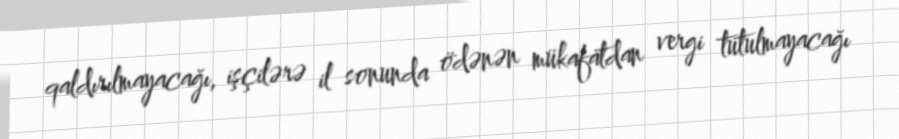
qaldırılmayacağı, işçilərə il sonunda ödənən mükafatdan vergi tutulmayacağı